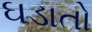
ઘડાતો